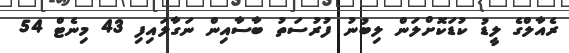
ރެއާލްގެ ލީޑު ކުޑަކޮށްލަން ލިބުނު ފުރުސަތު ބާސާއިން ނަގާލައިފި 43 މިނެޓް 54